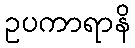
ဥပကာရာနိ